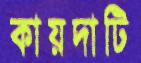
কায়দাটি